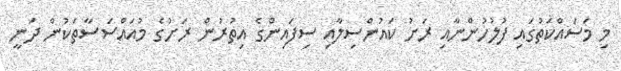
މި މަސައްކަތުގައި ފުލުހުންނާއި ރަށު ކައުންސިލާއި ސިފައިންގެ އިތުރުން ރަށުގެ މުއައްސަސާތަކުން ދަނީ